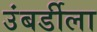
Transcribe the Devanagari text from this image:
उंबर्डीला